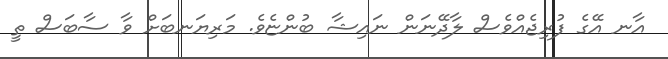
އާނ އޭގެ ފުރިޖެއްވެސް ލާދޭނަން ނަައިޝާ ބުންޏެވެ. މަރިޔަނބަށް ވާ ސާބަސް ތީ